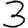
Digit: 3